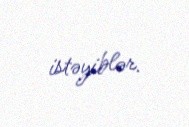
istəyiblər.